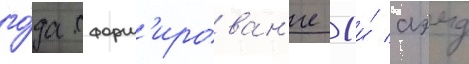
го́да сформ'ирован'ие 1-и́ аэмд